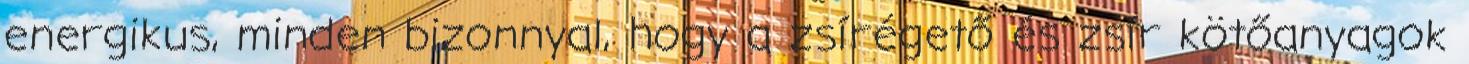
energikus, minden bizonnyal, hogy a zsírégető és zsír kötőanyagok